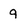
Character: 9